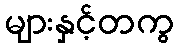
များနှင့်တကွ